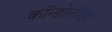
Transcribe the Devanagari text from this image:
कॉन्डोलीझा